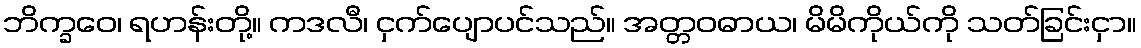
ဘိက္ခဝေ၊ ရဟန်းတို့။ ကဒလီ၊ ငှက်ပျောပင်သည်။ အတ္တဝဓာယ၊ မိမိကိုယ်ကို သတ်ခြင်းငှာ။